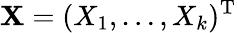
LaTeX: \mathbf{X}=(X_{1},\ldots,X_{k})^{\mathrm{T}}